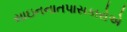
સાઇનનાતપાસકારોએ